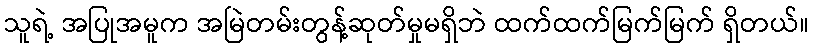
သူရဲ့ အပြုအမူက အမြဲတမ်းတွန့်ဆုတ်မှုမရှိဘဲ ထက်ထက်မြက်မြက် ရှိတယ်။